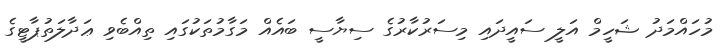
މުހައްމަދު ޝަހީމް އަލީ ސައީދައި މިސަރުކާރުގެ ސިޔާސީ ބައެއް މަގާމުތަކުގައި ތިއްބެވި ޢަދާލަތުޕާޓީގެ